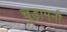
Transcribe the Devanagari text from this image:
चूड़ामनी